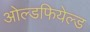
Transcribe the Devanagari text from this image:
ओल्डफियेल्ड